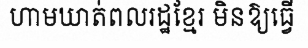
ហាមឃាត់ពលរដ្ឋខ្មែរ មិនឱ្យធ្វើ